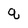
Character: q